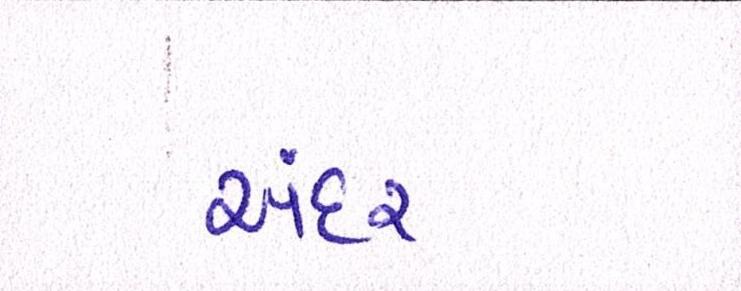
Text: અંદર